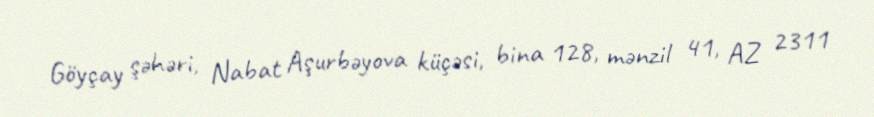
Göyçay şəhəri, Nabat Aşurbəyova küçəsi, bina 128, mənzil 41, AZ 2311